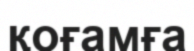
қоғамға